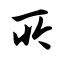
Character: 所